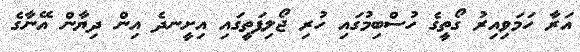
އަރާ ހަމަވިއިރު ގޯތީގެ ހުސްބިމުގައި ހުރި ޖޯލިފަތީގައި އިށީނދެ އިން ދިޔާން އޭނާގެ